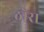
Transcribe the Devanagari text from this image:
ठोरा